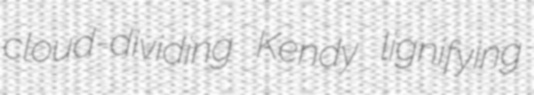
cloud-dividing Kendy lignifying